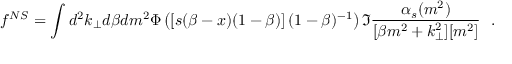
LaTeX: f ^ { N S } = \int d ^ { 2 } k _ { \perp } d \beta d m ^ { 2 } \Phi \left( \left[ s ( \beta - x ) ( 1 - \beta ) \right] ( 1 - \beta ) ^ { - 1 } \right) \Im \frac { \alpha _ { s } ( m ^ { 2 } ) } { [ \beta m ^ { 2 } + k _ { \perp } ^ { 2 } ] [ m ^ { 2 } ] } ~ ~ .